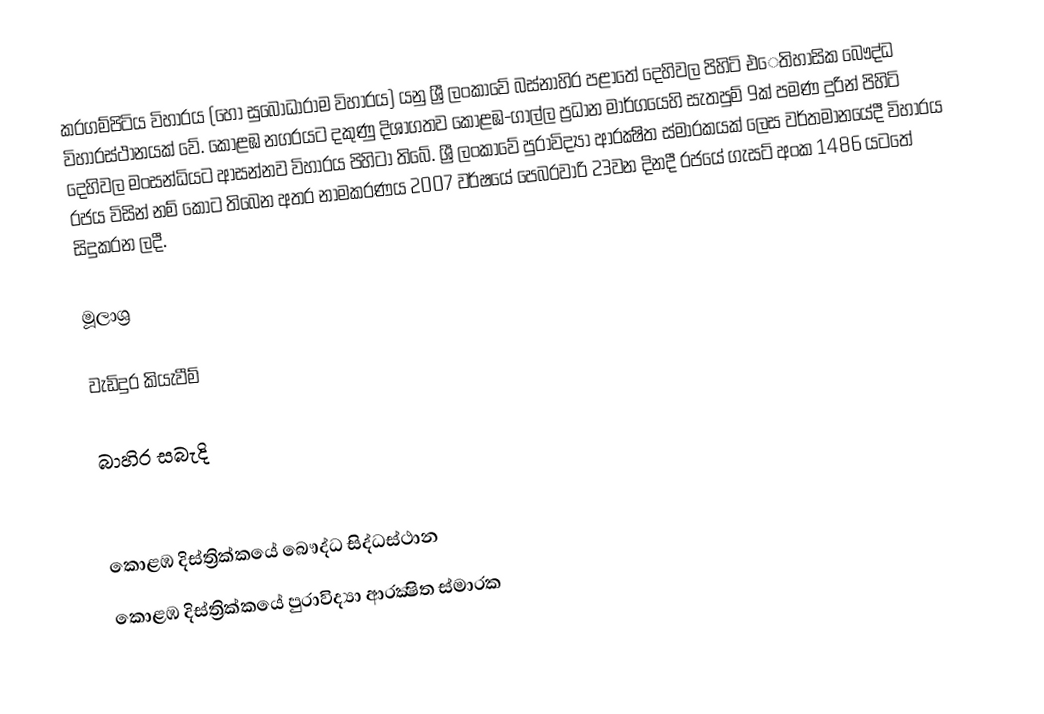
කරගම්පිටිය විහාරය (හෝ සුබෝධාරාම විහාරය) යනු ශ්‍රී ලංකාවේ බස්නාහිර පළාතේ දෙහිවල පිහිටි එෙතිහාසික බෞද්ධ විහාරස්ථානයක් වේ. කොළඹ නගරයට දකුණු දිශාගතව කොළඹ-ගාල්ල ප්‍රධාන මාර්ගයෙහි සැතපුම් 9ක් පමණ දුරින් පිහිටි දෙහිවල මංසන්ධියට ආසන්නව විහාරය පිහිටා තිබේ. ශ්‍රී ලංකාවේ පුරාවිද්‍යා ආරක්‍ෂිත ස්මාරකයක් ලෙස වර්තමානයේදී විහාරය රජය විසින් නම් කොට තිබෙන අතර නාමකරණය 2007 වර්ෂයේ පෙබරවාරි 23වන දිනදී රජයේ ගැසට් අංක 1486 යටතේ සිදුකරන ලදී.

මූලාශ්‍ර

වැඩිදුර කියැවීම්

බාහිර සබැදි

කොළඹ දිස්ත්‍රික්කයේ බෞද්ධ සිද්ධස්ථාන
කොළඹ දිස්ත්‍රික්කයේ පුරාවිද්‍යා ආරක්‍ෂිත ස්මාරක